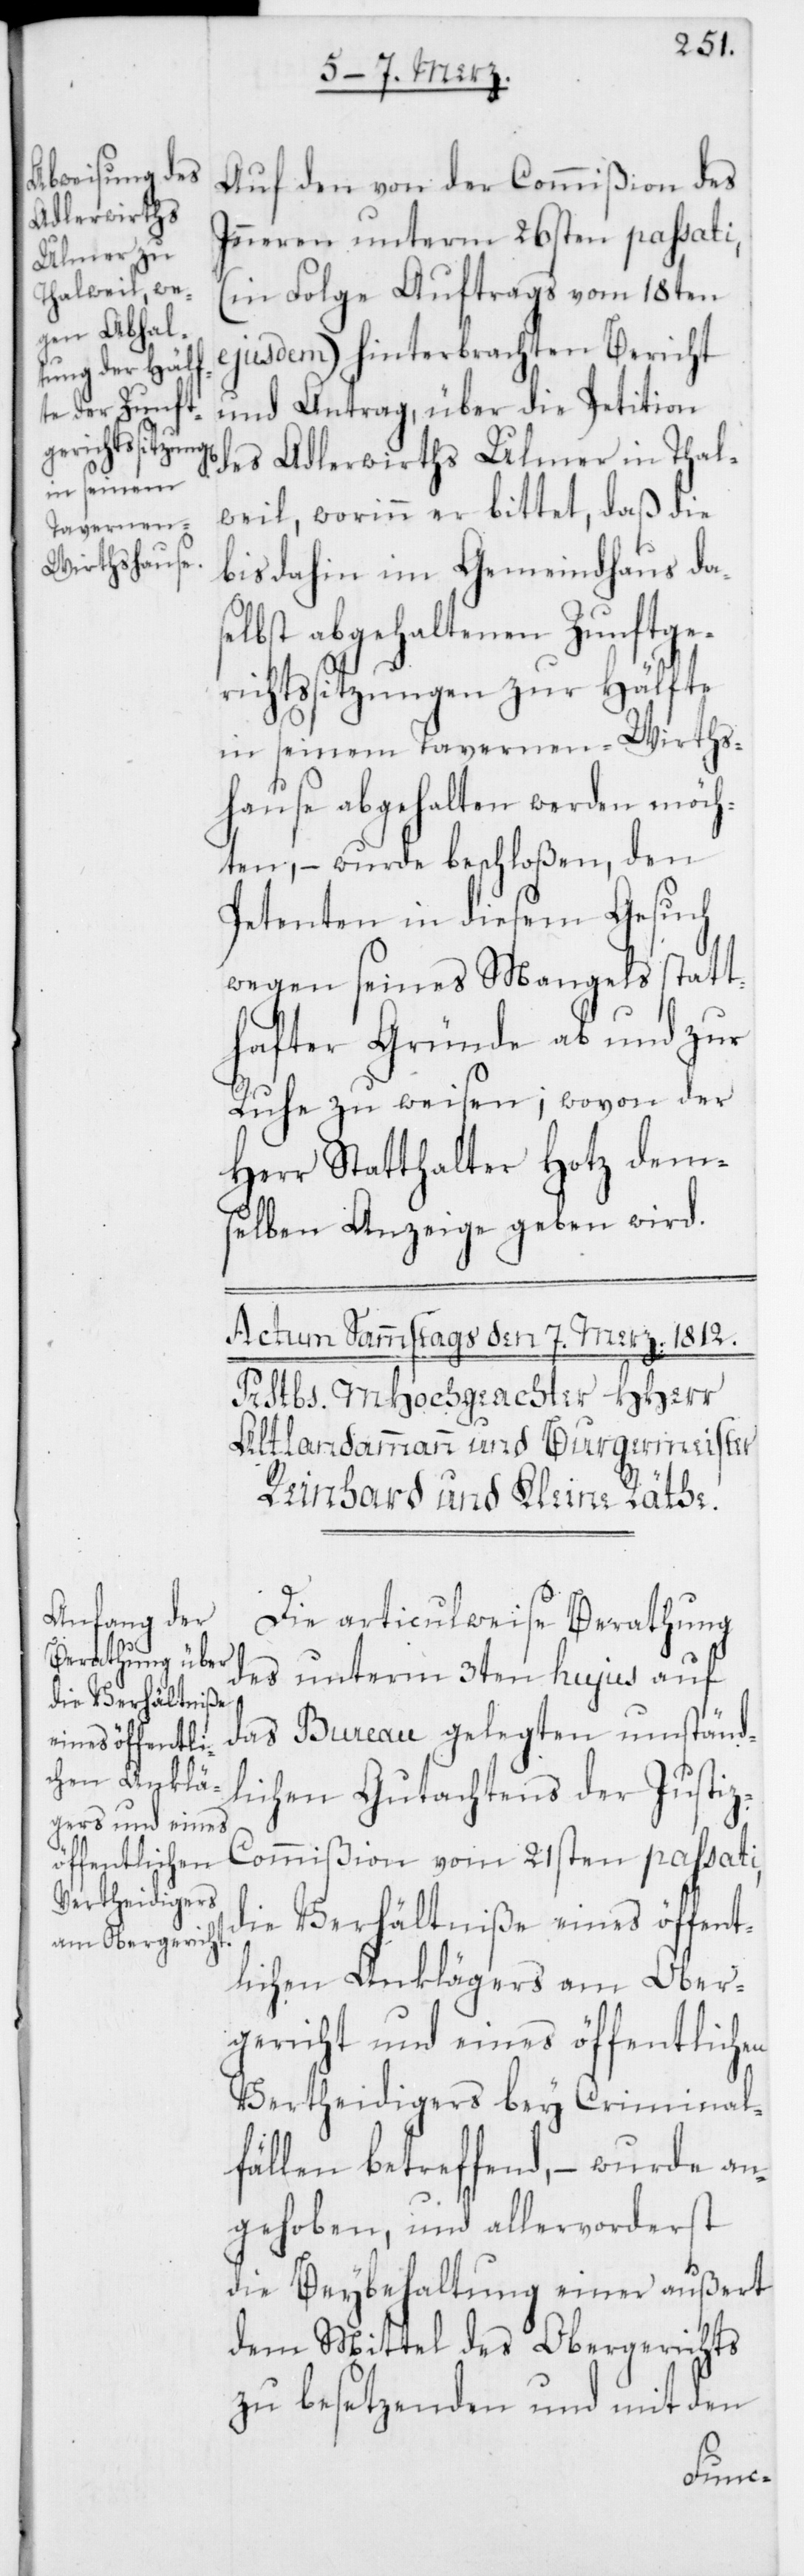
Auf den von der Commißion des
Inneren unterm 26sten passati,
(in Folge Auftrags vom 18ten
ejusdem) hinterbrachten Bericht
und Antrag, über die Petition
des Adlerwirths Ulmer in Thal¬
weil, worinn er bittet, daß die
bis dahin im Gemeindhaus das¬
elbst abgehaltenen Zunftge¬
richtssitzungen zur Hälfte
in seinem Tavernen-Wirths¬
hause abgehalten werden möch¬
ten, – wurde beschloßen, den
Petenten in diesem Gesuch
wegen seines Mangels statt¬
hafter Gründe ab- und zur
Ruhe zu weisen; wovon der
Herr Statthalter Hotz dem¬
selben Anzeige geben wird.
Die articulweise Berathung
des unterm 3ten hujus auf
das Bureau gelegten umständ¬
lichen Gutachtens der Justi¬
z-Commißion vom 21sten passati,
die Verhältniße eines öffent¬
lichen Anklägers am Ober¬
gericht und eines öffentlichen
Vertheidigers bey Criminal¬
fällen betreffend, – wurde an¬
gehoben, und allervorderst
bey Beybehaltung einer außert
dem Mittel des Obergerichts
zu besetzenden und mit den